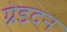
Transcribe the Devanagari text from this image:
ग्रेइदन